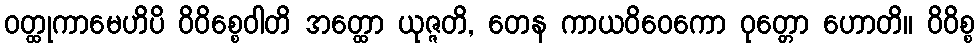
ဝတ္ထုကာမေဟိပိ ဝိဝိစ္စေဝါတိ အတ္ထော ယုဇ္ဇတိ, တေန ကာယဝိဝေကော ဝုတ္တော ဟောတိ။ ဝိဝိစ္စ